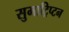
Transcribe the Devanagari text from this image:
सुमाट्रिप्टन